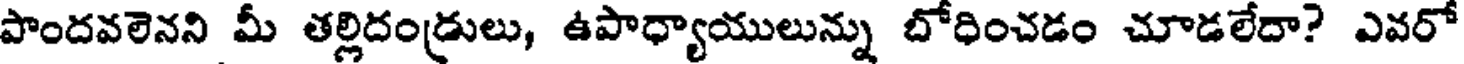
పొందవలెనని మీ తల్లిదండ్రులు, ఉపాధ్యాయులున్ను బోధించడం చూడలేదా? ఎవరో